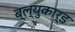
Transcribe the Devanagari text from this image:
ब्ल्युकार्ड